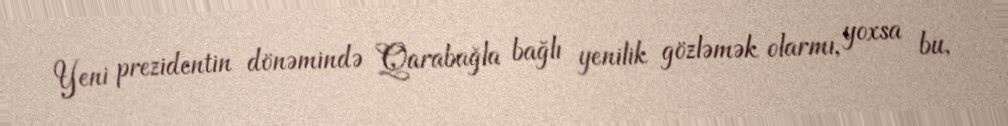
Yeni prezidentin dönəmində Qarabağla bağlı yenilik gözləmək olarmı, yoxsa bu,